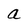
Character: a